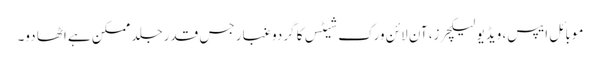
موبائل ایپس، ویڈیو لیکچرز، آن لائن ورک شیٹس کا گردوغبار جس قدر جلد ممکن ہے اٹھا دو۔